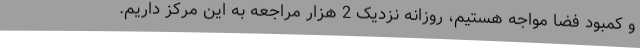
و کمبود فضا مواجه هستیم، روزانه نزدیک 2 هزار مراجعه به این مرکز داریم.